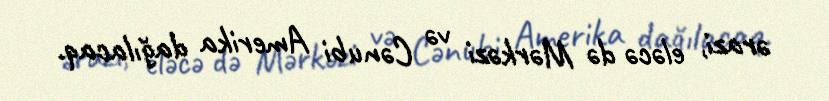
ərazi, eləcə də Mərkəzi və Cənubi Amerika dağılacaq.